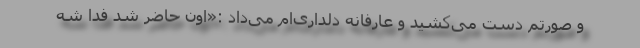
و صورتم دست می‌کشید و عارفانه دلداری‌ام می‌داد :«اون حاضر شد فدا شه